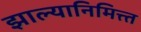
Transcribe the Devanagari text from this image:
झाल्यानिमित्त्त